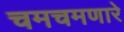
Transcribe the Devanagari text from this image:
चमचमणारे